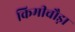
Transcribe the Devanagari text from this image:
किमीचौड़ा